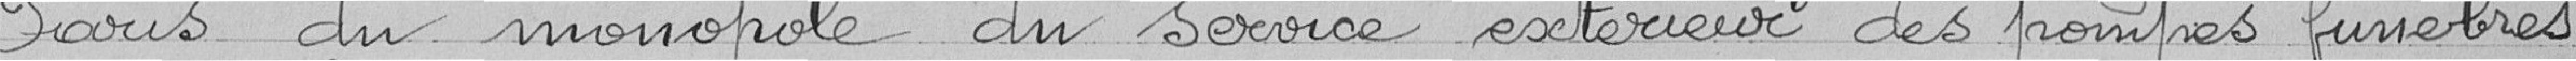
Paris du monopole du service extérieur des pompes funèbres